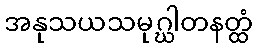
အနုသယသမုဂ္ဃါတနတ္ထံ